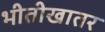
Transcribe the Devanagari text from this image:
भीतीखातर